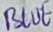
Text: BLUE